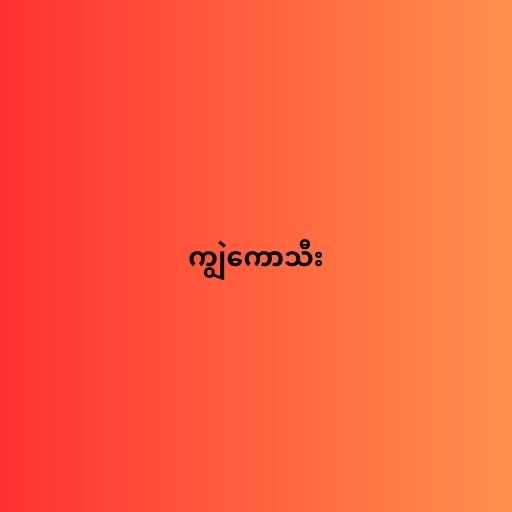
ကျွဲကောသီး